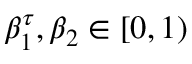
\beta _ { 1 } ^ { \tau } , \beta _ { 2 } \in [ 0 , 1 )